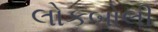
લોકબોલી